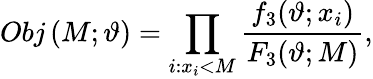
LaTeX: Obj\left(M;\vartheta\right)=\prod_{i:x_{i}<M}\frac{f_{3}(\vartheta;x_{i})}{F_{3}(\vartheta;M)},